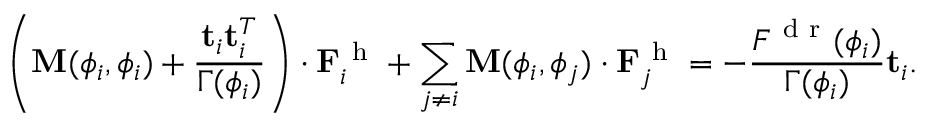
\left( \mathbf { M } ( \phi _ { i } , \phi _ { i } ) + \frac { \mathbf { t } _ { i } \mathbf { t } _ { i } ^ { T } } { \Gamma ( \phi _ { i } ) } \right) \cdot \mathbf { F } _ { i } ^ { \mathrm { ~ h ~ } } + \sum _ { j \ne i } \mathbf { M } ( \phi _ { i } , \phi _ { j } ) \cdot \mathbf { F } _ { j } ^ { \mathrm { ~ h ~ } } = - \frac { F ^ { \mathrm { ~ d ~ r ~ } } ( \phi _ { i } ) } { \Gamma ( \phi _ { i } ) } \mathbf { t } _ { i } .